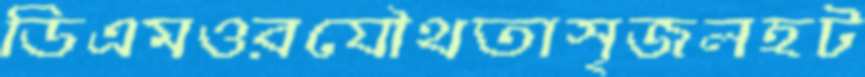
ডিএমওরযৌথতাসৃজলহট